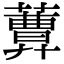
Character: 𦿩